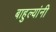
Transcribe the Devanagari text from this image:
बाहुल्यांनी